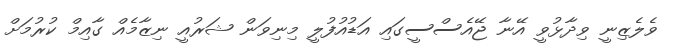
ވެލެޒިނީ ވިދާޅުވީ އޭނާ ޖޭއެސްސީގައި އަޑުއުފުލީ މިނިވަން ޝަރުއީ ނިޒާމެއް ގާއިމް ކުރުމަށް